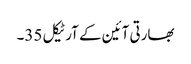
بھارتی آئین کے آرٹیکل 35۔